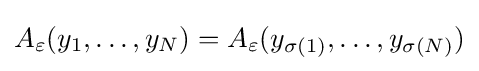
A_{\varepsilon }(y_{1},\ldots ,y_{N})=A_{\varepsilon }(y_{\sigma (1)},\ldots ,y_{\sigma (N)})